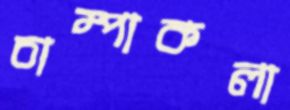
চাম্পাকলা